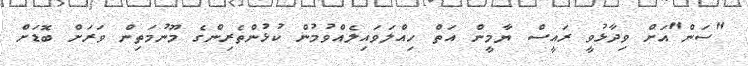
"ސަން"އަށް ވިދާޅުވީ ރައީސް ޔާމީން އަތް ހިއްލަވައިލެއްވުމުން ކުޅުންތެރިންގެ މޫނުމަތިން ވަރަށް ބޮޑަށް